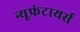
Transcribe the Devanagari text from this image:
न्यूफ्रंटायर्स